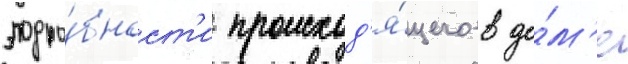
подро́бност'и происход'я́щего в до́м'е